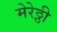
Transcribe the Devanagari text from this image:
मेरेठ्ठी